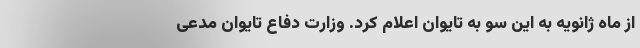
از ماه ژانویه به این سو به تایوان اعلام کرد. وزارت دفاع تایوان مدعی